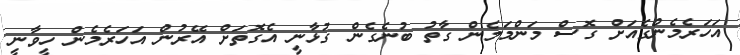
އަހަރެމެންގެއަށް ގޮސް މަންމަމެން ގާތު ބުނެގެން ގުޅާނީ އެގޮތަށް އޭރުން އަހަރެމެން ހީވާނީ